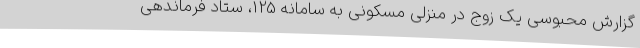
گزارش محبوسی یک زوج در منزلی مسکونی به سامانه 125، ستاد فرماندهی